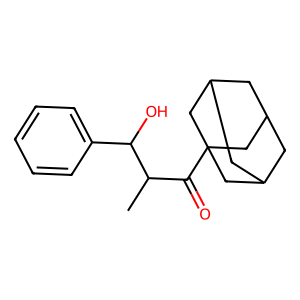
SMILES: CC(C(=O)C12CC3CC(CC(C3)C1)C2)C(O)c1ccccc1
Inhibits HIV replication: No